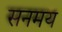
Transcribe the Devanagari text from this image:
सनमय